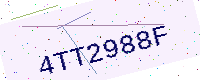
Text: 4TT2988F